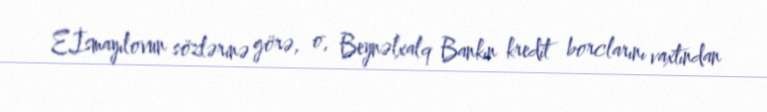
E.İsmayılovun sözlərinə görə, o, Beynəlxalq Bankın kredit borclarını vaxtından